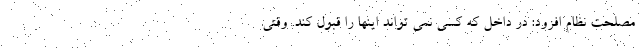
مصلحت نظام افزود: در داخل که کسی نمی تواند اینها را قبول کند. وقتی